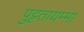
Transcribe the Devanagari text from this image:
पुट्टतायम्मा